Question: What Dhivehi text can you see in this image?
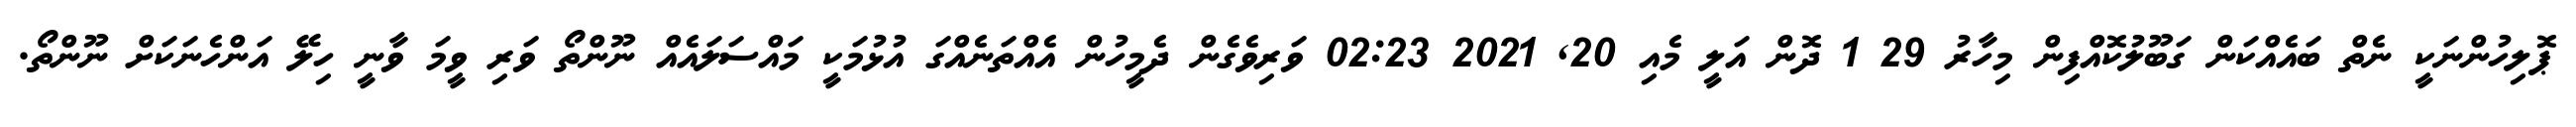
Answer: ޕޮލިހުންނަކީ ނެތް ބައެއްކަން ގަބޫލުކޮއްފިން މިހާރު 29 1 ދޮން އަލީ މެއި 20, 2021 02:23 ވަރިވެގެން ދެމީހުން އެއްތަނެއްގަ އުޅުމަކީ މައްސަލައެއް ނޫންތޯ ވަރި ވީމަ ވާނީ ހިލޭ އަންހެނަކަށް ނޫންތޯ.